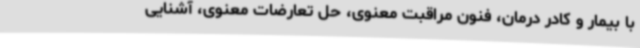
با بیمار و کادر درمان، فنون مراقبت معنوی، حل تعارضات معنوی، آشنایی